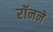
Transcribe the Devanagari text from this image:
रॉनने